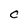
Character: C